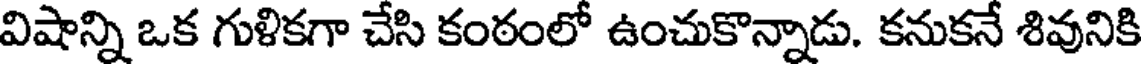
విషాన్ని ఒక గుళికగా చేసి కంఠంలో ఉంచుకొన్నాడు. కనుకనే శివునికి